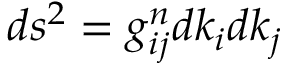
d s ^ { 2 } = g _ { i j } ^ { n } d k _ { i } d k _ { j }